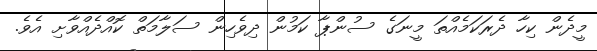
މީދެން ކިހާ ދެރަކަމެއްތަ މީނަގެ ސުންޕާ ކަމުން ދިވެހިން ސަލާމަތް ކޮއްދެއްވާށި އެވެ.